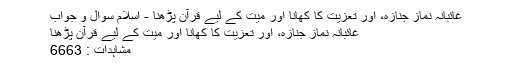
غائبانہ نماز جنازہ، اور تعزيت كا كھانا اور ميت كے ليے قرآن پڑھنا - اسلام سوال و جواب
غائبانہ نماز جنازہ، اور تعزيت كا كھانا اور ميت كے ليے قرآن پڑھنا
مشاہدات : 6663